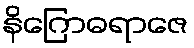
နိဂြောဓရာဇေ